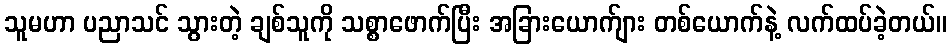
သူမဟာ ပညာသင် သွားတဲ့ ချစ်သူကို သစ္စာဖောက်ပြီး အခြားယောက်ျား တစ်ယောက်နဲ့ လက်ထပ်ခဲ့တယ်။